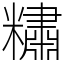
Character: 䊥